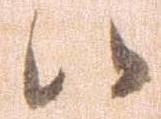
候